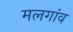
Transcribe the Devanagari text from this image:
मलगांव